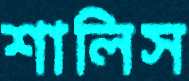
শালিস